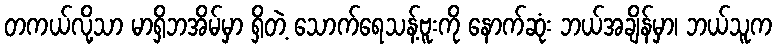
တကယ်လို့သာ မာရှိဘအိမ်မှာ ရှိတဲ့ သောက်ရေသန့်ဗူးကို နောက်ဆုံး ဘယ်အချိန်မှာ၊ ဘယ်သူက